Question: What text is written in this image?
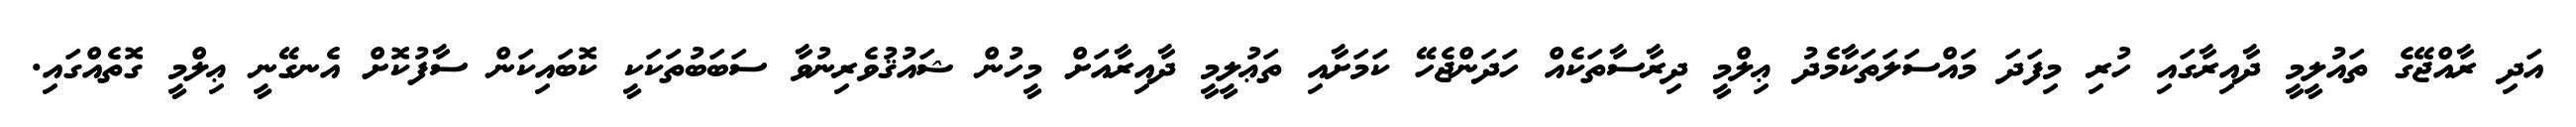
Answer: އަދި ރާއްޖޭގެ ތައުލީމީ ދާއިރާގައި ހުރި މިފަދަ މައްސަލަތަކާމެދު ޢިލްމީ ދިރާސާތަކެއް ހަދަންޖެހޭ ކަމަށާއި ތަޢުލީމީ ދާއިރާއަށް މީހުން ޝައުޤުވެރިނުވާ ސަބަބުތަކަކީ ކޮބައިކަން ސާފުކޮށް އެނގޭނީ ޢިލްމީ ގޮތެއްގައި.